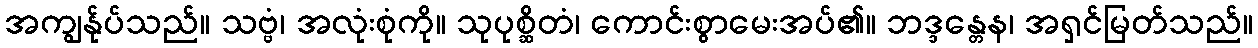
အကျွန်ုပ်သည်။ သဗ္ဗံ၊ အလုံးစုံကို။ သုပုစ္ဆိတံ၊ ကောင်းစွာမေးအပ်၏။ ဘဒ္ဒန္တေန၊ အရှင်မြတ်သည်။